Vaccination in Bombay 1913-1923 - 1913-1923
Year: 1913
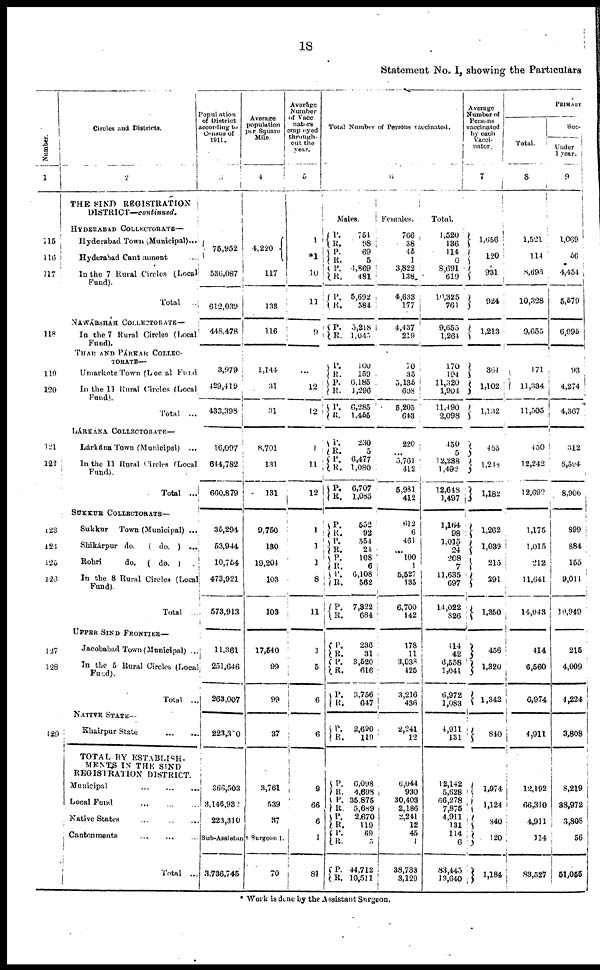
18
Statement No. I, showing the Particulars
Number.
1
115
116
117
118
119
120
121
122
123
124
125
126
127
128
129
Circles and Districts.
2
THE SIND REGISTRATION
DISTRICT—continued.
HYDERABAD COLLECTORATE—
Hyderabad Town ( Municipal)...
Hyderabad Cantonment ...
In the 7 Rural Circles (Local
Fund).
Total ...
NAWÁBSHÁH COLLECTORATE—
In the 7 Rural Circles (Local
Fund).
THAR AND PÁRKAR COLLEC-
TORATE—
Umarkote Town (Local Fund
In the 11 Rural Circles (Local
Fund).
Total
...
LÁRKÁNA COLLECTORATE—
Lárkána Town (Municipal) ...
In the 11 Rural Circles (Local
Fund).
Total ...
SUKKUR COLLECTORATE—
Sukkur
Town (Municipal) ...
Shikárpur do.
( do. ) ...
Rohri
do.
( do. ) ...
In the 8 Rural Circles (Local
Fund).
Total ...
UPPER SIND FRONTIER—
Jacobabad Town (Municipal) ...
In the 5 Rural Circles (Local
Fund).
Total ...
NATIVE STATE—
Khairpur State
...
...
TOTAL BY ESTABLISH-
MENTS IN THE SIND
REGISTRATION DISTRICT.
Municipal
...
...
...
Local Fund
...
...
...
Native States ... ... ...
Cantonments
...
...
...
Total ...
Population
of District
according to
Census of
1911.
3
75,952
536,087
612,039
448,478
3,979
429,419
433,398
16,097
644,782
660,879
35,294
53,944
10,754
473,921
573,913
11,361
251,646
263,007
223,310
366,503
3,146,932
223,310
Average
population
per Square
Mile.
4
4,220
117
133
116
1,144
31
31
8,701
131
131
9,750
130
19,204
103
103
17,540
99
99
37
3,761
539
37
Sub-Assistant Surgeon 1.
3,736,745
70
Average
Number
of Vacc-
nators
empoyed
through-
out the
year.
5
1
*1
10
11
9
...
12
12
1
1 1
12
1
1
1
8
11
1
5
6
6
9
66
6
1
81
Total Number of Persons vaccinated.
6
Males.
P.
R.
P.
R.
P.
R.
P.
R.
P.
R.
P.
R.
P.
R.
P.
R.
P.
R.
P.
R.
P.
R.
P.
R.
P.
R.
P.
R.
P.
R.
P.
R.
P.
R.
P.
R.
P.
R.
P.
R.
P. R.
P.
R.
P.
R.
P.
R.
P.
R.
754
98
69
5
4,869
481
5,692
584
5,218
1,045
100
159
6,185
1,296
6,285
1,455
230
5
6,477
1,080
6,707
1,085
552
92
554
24
108
6
6,108
562
7,322
684
236
31
3,520
616
3,756
647
2,690
119
6,098
4,698
35,875
5,689
2,670
119
69
5
44,712
10,511
Females.
766
38
45
1
3,822
138
4,633
177
4,437
219
70
35
5,135
608
5,205
643
220
...
5,761
412
5,981
412
612
6
461
...
100
1
5,527
135
6,700
142
178
11
3,038
425
3,216
436
2,241
12
6,044
930
30,403
2,186
2,241
12
45
1
38,733
3,129
Total.
1,520
136
114
6
8,691
619
10,325
761
9,655
1,264
170
194
11,320
1,904
11,490
2,098
450
5
12,238
1,492
12,648
1,497
1,164
98
1,015
24
208
7
11,635
697
14,022
826
414
42
6,558
1,041
6,972
1,083
4,911
131
12,142
5,628
66,278
7,875
4,911
131
114
6
83,445
13,640
Average
Number of
Persons
vaccinated
by each
Vacci-
nator.
7
1,656
120
931
924
1,213
364
1,102
1,132
455
1,248
1,182
1,262
1,039
215
291
1,350
456
1,320
1,342
840
1,974
1,124
840
120
1,184
PRIMARY
Total.
8
1,521
114
8,693
10,328
9,655
171
11,334
11,505
450
12,242
12,692
1,175
1,015
212
11,641
14,043
414
6,560
6,974
4,911
12,192
66,310
4,911
114
83,527
Suc-
Under
1 year.
9
1,069
56
4,454
5,579
6,095
93
4,274
4,367
312
8,594
8,906
899
884
155
9,011
10,949
215
4,009
4,224
3,808
8,219
38,972
3,808
56
51,055
* Work is done by the Assistant Surgeon.